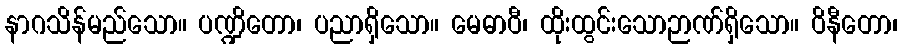
နာဂသိန်မည်သော။ ပဏ္ဍိတော၊ ပညာရှိသော။ မေဓာဝီ၊ ထိုးထွင်းသောဉာဏ်ရှိသော။ ဝိနီတော၊